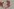
Text: x3